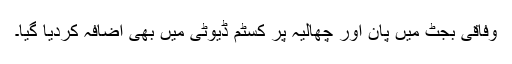
وفاقی بجٹ میں پان اور چھالیہ پر کسٹم ڈیوٹی میں بھی اضافہ کردیا گیا۔